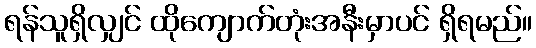
ရန်သူရှိလျှင် ထိုကျောက်တုံးအနီးမှာပင် ရှိရမည်။